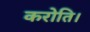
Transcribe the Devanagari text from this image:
करोति।